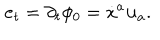
{ \bf e } _ { t } = \partial _ { t } \phi _ { 0 } = \dot { x } ^ { a } { \bf u } _ { a } .